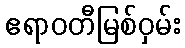
ဧရာဝတီမြစ်ဝှမ်း